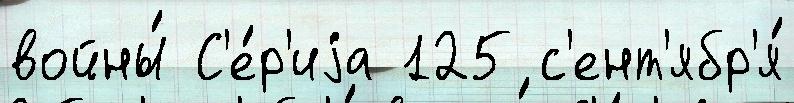
войны́ С'е́р'иjа 125 с'ент'ябр'я́